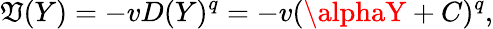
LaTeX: \mathfrak{V}(Y)=-vD(Y)^{q}=-v(\alphaY+C)^{q},